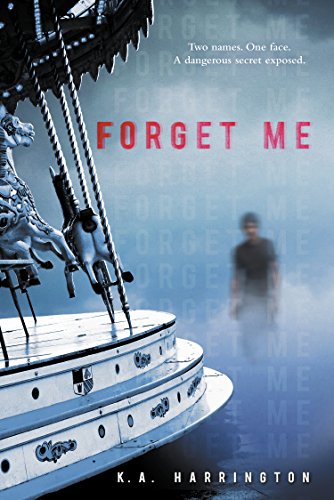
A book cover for Forget Me; K.A. Harrington; Teen & Young Adult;